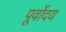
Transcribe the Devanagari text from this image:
पूर्वोदय